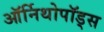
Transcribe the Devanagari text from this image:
ऑर्निथोपॉड्स